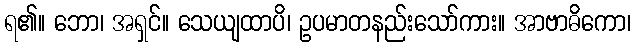
ရ၏။ ဘော၊ အရှင်။ သေယျထာပိ၊ ဥပမာတနည်းသော်ကား။ အာဗာဓိကော၊